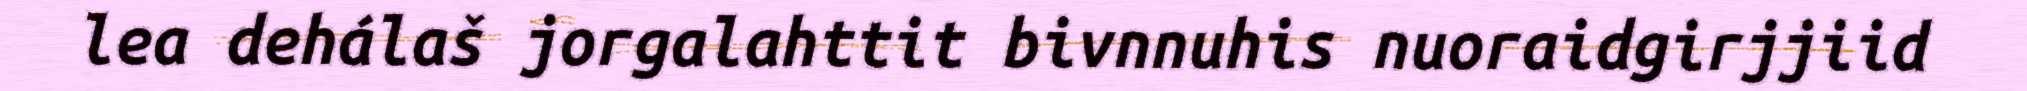
lea dehálaš jorgalahttit bivnnuhis nuoraidgirjjiid